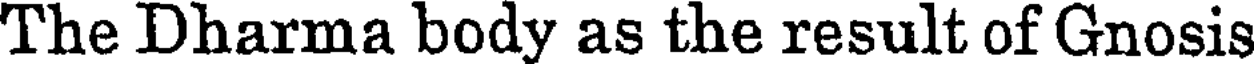
The Dharma body as the result of Gnosis